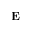
\mathbf { E }